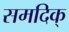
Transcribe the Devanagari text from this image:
समदिक्‌